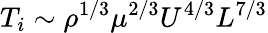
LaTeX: T_{i}\sim\rho^{1/3}\mu^{2/3}U^{4/3}L^{7/3}